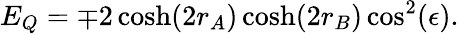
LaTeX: E_{Q}=\mp 2\cosh(2r_{A})\cosh(2r_{B})\cos^{2}(\epsilon).